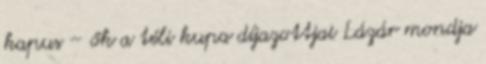
kapus – ők a téli kupa díjazottjai Lázár mondja